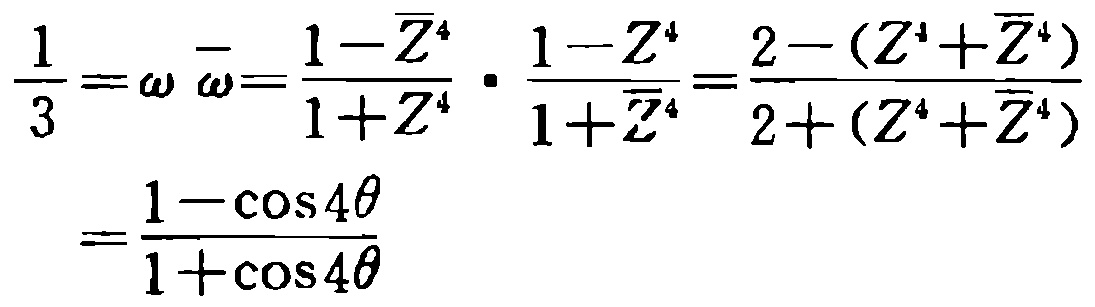
\[\begin{align*}
\frac{1}{3}&=\omega\overline{\omega}=\frac{1 - \overline{Z}^{4}}{1 + Z^{4}}\cdot\frac{1 - Z^{4}}{1+\overline{Z}^{4}}=\frac{2-(Z^{4}+\overline{Z}^{4})}{2+(Z^{4}+\overline{Z}^{4})}\\
&=\frac{1-\cos4\theta}{1 + \cos4\theta}
\end{align*}\]